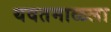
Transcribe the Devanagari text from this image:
यवतमाळला